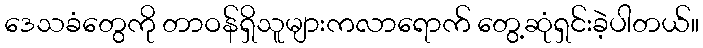
ဒေသခံတွေကို တာဝန်ရှိသူများကလာရောက် တွေ့ဆုံရှင်းခဲ့ပါတယ်။